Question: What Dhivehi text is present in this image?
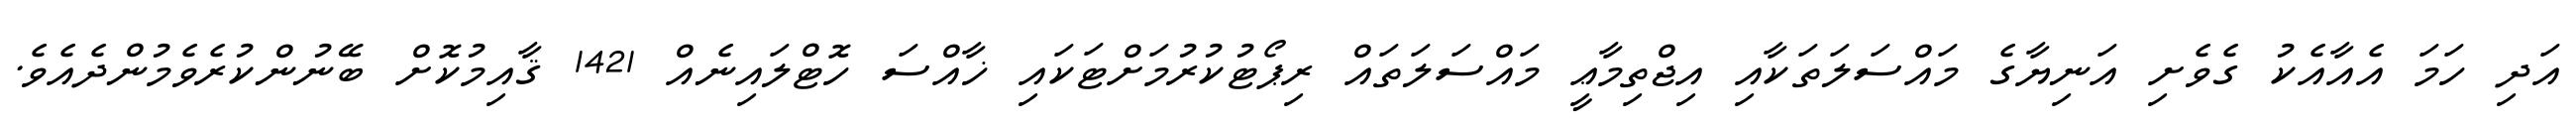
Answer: އަދި ހަމަ އެއާއެކު ގެވެށި އަނިޔާގެ މައްސަލަތަކާއި އިޖްތިމާޢީ މައްސަލަތައް ރިޕޯޓުކުރުމަށްޓަކައި ޚާއްސަ ހޮޓްލައިނެއް 1421 ޤާއިމުކޮށް ބޭނުންކުރެވެމުންދެއެވެ.